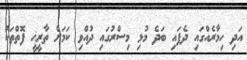
އަދި ހިމާރެއްގައި ދެފައި ބަދެ މުޅި މިސްރުގައި ދުއްވި ކަމަށް ތާރީޚީ ފޮތްތަކު